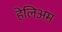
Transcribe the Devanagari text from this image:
हेलिअम